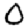
Digit: 0